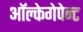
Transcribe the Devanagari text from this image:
ऑल्केगेपेन्ट